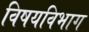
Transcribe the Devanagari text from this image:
विषयविभाग